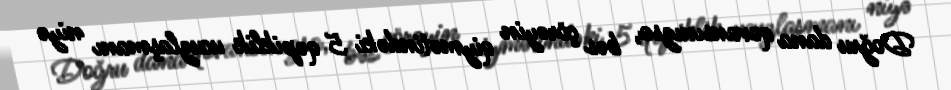
Doğru dana qovansınızsa, bəs çörəyin qiymətindəki 5 qəpiklik ucuzlaşmanı niyə